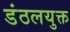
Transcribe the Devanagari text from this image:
डंठलयुक्त